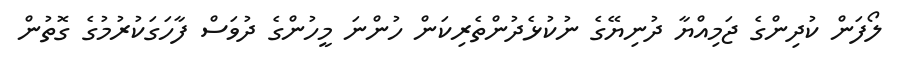
ލޯފަން ކުދިންގެ ޖަމިއްޔާ ދުނިޔޭގެ ނުކުޅެދުންތެރިކަން ހުންނަ މީހުންގެ ދުވަސް ފާހަގަކުރުމުގެ ގޮތުން